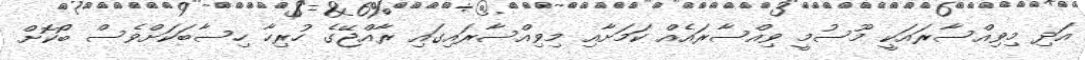
އަދި މިވިއްސާރައަކީ މޫސުމީ ވިއްސާރައެއް ކަމަށާއި މިވިއްސާރައިގައި ރާއްޖޭގެ ހުރިހާ ހިސާބަކަށްވެސް ބޯކޮށް